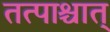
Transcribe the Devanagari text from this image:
तत्पाश्चात्